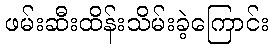
ဖမ်းဆီးထိန်းသိမ်းခဲ့ကြောင်း